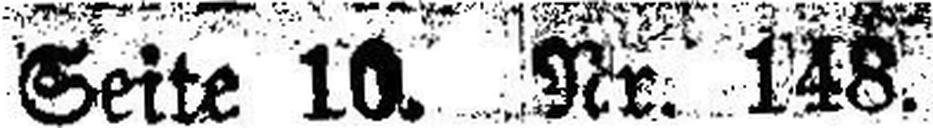
Seite 10. Nr. 148.